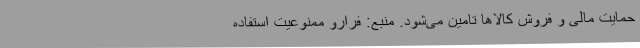
حمایت مالی و فروش کالا‌ها تامین می‌شود. منبع: فرارو ممنوعیت استفاده